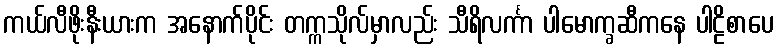
ကယ်လီဖိုးနီးယားက အနောက်ပိုင်း တက္ကသိုလ်မှာလည်း သီရိလင်္ကာ ပါမောက္ခဆီကနေ ပါဠိစာပေ